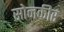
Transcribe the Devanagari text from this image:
सोनकीर